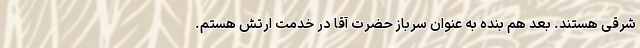
شرقی هستند. بعد هم بنده به عنوان سرباز حضرت آقا در خدمت ارتش هستم.